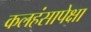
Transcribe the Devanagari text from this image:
कलहंसापेक्षा